Plague in India, 1896, 1897 - Volume 3
Year: 1896
Disease focus: Plague
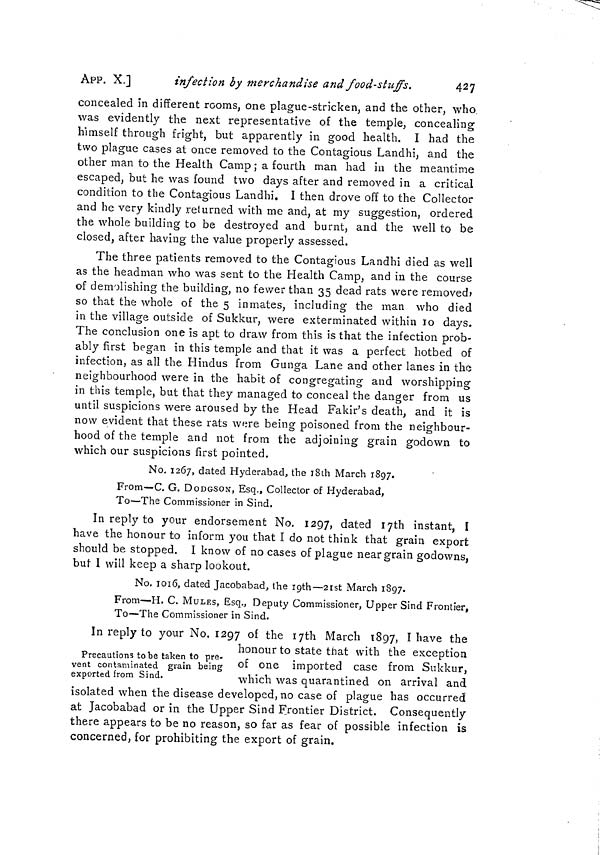
APP. X.]
infection by merchandise and food-stiiffs.
427
concealed in different rooms, one plague-stricken, and the other, who
was evidently the next representative of the temple, concealing
himself through fright, but apparently in good health. I had the
two plague cases at once removed to the Contagious Landhi, and the
other man to the Health Camp ; a fourth man had in the meantime
escaped, but he was found two days after and removed in a critical
condition to the Contagious Landhi. I then drove off to the Collector
O
and he very kindly returned with me and, at my suggestion, ordered
the whole building to be destroyed and burnt, and the well to be
closed, after having the value properly assessed.
The three patients removed to the Contagious Landhi died as well
as the headman who was sent to the Health Camp, and in the course
of demolishing the building, no fewer than 35 dead rats were removed»
so that the whole of the 5 inmates, including the man who died
in the village outside of Sukkur, were exterminated within 10 days.
The conclusion one is apt to draw from this is that the infection prob-
ably first began in this temple and that it was a perfect hotbed of
infection, as all the Hindus from Gunga Lane and other lanes in the
neighbourhood were in the habit of congregating and worshipping
in this temple, but that they managed to conceal the danger from us
until suspicions were aroused by the Head Fakir's death, and it is
now evident that these rats were being poisoned from the neighbour-
hood of the temple and not from the adjoining grain godown to
which our suspicions first pointed.
No, 1267, dated Hyderabad, the iSih March 1897.
From—C. G. DODGSON, Esq., Collector of Hyderabad,
To—The Commissioner in Sind.
In reply to your endorsement No. 1297, dated I7th instant, I
have the honour to inform you that I do not think that grain export
should be stopped. I know of no cases of plague near grain godowns,
buf l will keep a sharp lookout.
No. 1016, dated Jacobabad, the igth—2ist March 1897.
From—H. C. MULES, Esq., Deputy Commissioner, Upper Sind Frontier,
To—The Commissioner in Sind.
Precautions tobe taken to pre-
vent contaminated grain being
exported from Sind.
In reply to your No. 1297 °f the I7th March 1897, I have the
honour to state tnat with the exception
of one imported case from Sukkur,
which was quarantined on arrival and
isolated when the disease developed, no case of plague has occurred
at Jacobabad or in the Upper Sind Frontier District. Consequently
there appears to be no reason, so far as fear of possible infection is
concerned, for prohibiting the export of grain.